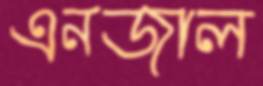
এনজাল